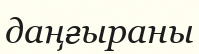
даңғыраны